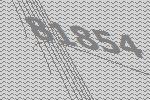
81854